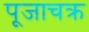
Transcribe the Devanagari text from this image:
पूजाचक्र